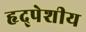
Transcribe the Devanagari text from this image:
हृद्पेशीय